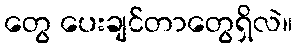
တွေ ပေးချင်တာတွေရှိလဲ။